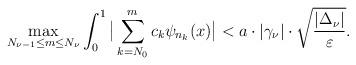
LaTeX: \begin{align*}{\max_{N_{\nu-1}\leq m \leq N_{\nu}}\int_0^1\big|\sum_{k=N_0}^mc_k\psi_{n_k}(x)\big|<a\cdot |\gamma_{\nu}}| \cdot\sqrt{|\Delta_{\nu}|\over \varepsilon}.\end{align*}